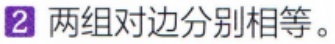
两组对边分别相等。